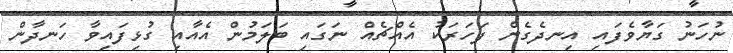
ނުހަނު ގަޔާވެފައި އިނދެގެން ފަހަރަކު އެއްޗެއް ނަގައި ބަލަމުން އެއާއި ގުޅިފައިވާ ހަނދާން